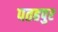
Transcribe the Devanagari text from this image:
पतहपुर